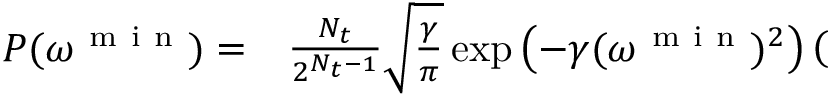
\begin{array} { r l } { P ( \omega ^ { \mathrm { ~ m ~ i ~ n ~ } } ) = } & { { } \frac { N _ { t } } { 2 ^ { N _ { t } - 1 } } \sqrt { \frac { \gamma } { \pi } } \exp \left( - \gamma ( \omega ^ { \mathrm { ~ m ~ i ~ n ~ } } ) ^ { 2 } \right) \left( \right. } \end{array}